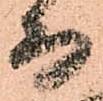
而